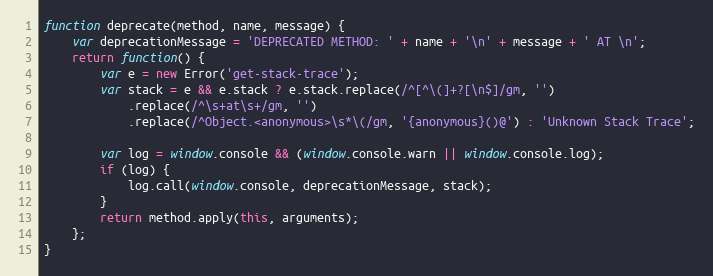
Language: JavaScript
function deprecate(method, name, message) {
    var deprecationMessage = 'DEPRECATED METHOD: ' + name + '\n' + message + ' AT \n';
    return function() {
        var e = new Error('get-stack-trace');
        var stack = e && e.stack ? e.stack.replace(/^[^\(]+?[\n$]/gm, '')
            .replace(/^\s+at\s+/gm, '')
            .replace(/^Object.<anonymous>\s*\(/gm, '{anonymous}()@') : 'Unknown Stack Trace';

        var log = window.console && (window.console.warn || window.console.log);
        if (log) {
            log.call(window.console, deprecationMessage, stack);
        }
        return method.apply(this, arguments);
    };
}